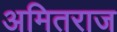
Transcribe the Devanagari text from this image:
अमितराज